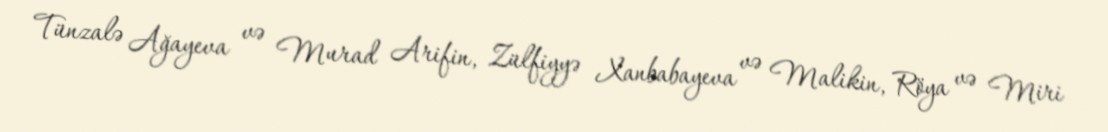
Tünzalə Ağayeva və Murad Arifin, Zülfiyyə Xanbabayeva və Malikin, Röya və Miri